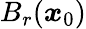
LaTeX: B_{r}({\boldsymbol x}_{0})